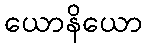
ယောနိယော